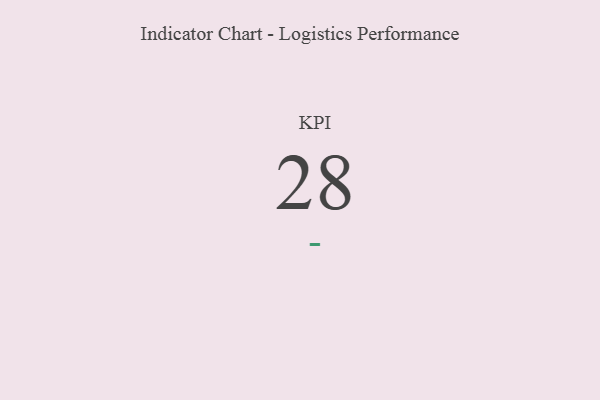
{"axis": {"x": "KPI", "y": "Value"}, "legend": [""], "data": [{"x": "KPI", "y": 28, "type": ""}]}